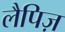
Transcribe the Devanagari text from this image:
लैपिज़